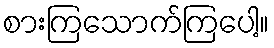
စားကြသောက်ကြပေါ့။